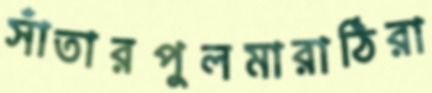
সাঁতারপুলমারাঠিরা